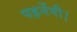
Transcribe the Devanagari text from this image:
पहनेंगी।